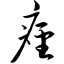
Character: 痉